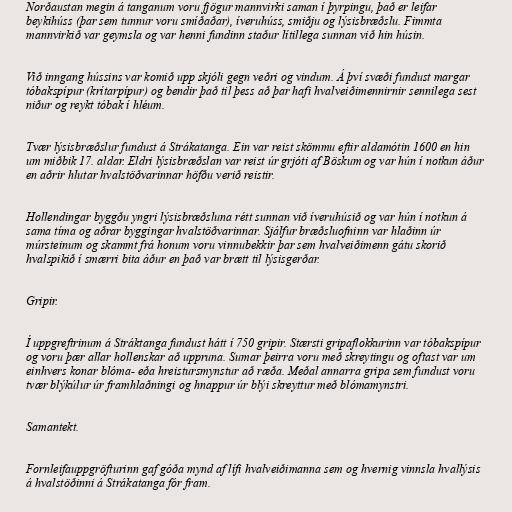
Norðaustan megin á tanganum voru fjögur mannvirki saman í þyrpingu, það er leifar
beykihúss (þar sem tunnur voru smíðaðar), íveruhúss, smiðju og lýsisbræðslu. Fimmta
mannvirkið var geymsla og var henni fundinn staður lítillega sunnan við hin húsin.

Við inngang hússins var komið upp skjóli gegn veðri og vindum. Á því svæði fundust margar
tóbakspípur (krítarpípur) og bendir það til þess að þar hafi hvalveiðimennirnir sennilega sest
niður og reykt tóbak í hléum.

Tvær lýsisbræðslur fundust á Strákatanga. Ein var reist skömmu eftir aldamótin 1600 en hin
um miðbik 17. aldar. Eldri lýsisbræðslan var reist úr grjóti af Böskum og var hún í notkun áður
en aðrir hlutar hvalstöðvarinnar höfðu verið reistir.

Hollendingar byggðu yngri lýsisbræðsluna rétt sunnan við íveruhúsið og var hún í notkun á
sama tíma og aðrar byggingar hvalstöðvarinnar. Sjálfur bræðsluofninn var hlaðinn úr
múrsteinum og skammt frá honum voru vinnubekkir þar sem hvalveiðimenn gátu skorið
hvalspikið í smærri bita áður en það var brætt til lýsisgerðar.

Gripir.

Í uppgreftrinum á Stráktanga fundust hátt í 750 gripir. Stærsti gripaflokkurinn var tóbakspípur
og voru þær allar hollenskar að uppruna. Sumar þeirra voru með skreytingu og oftast var um
einhvers konar blóma- eða hreistursmynstur að ræða. Meðal annarra gripa sem fundust voru
tvær blýkúlur úr framhlaðningi og hnappur úr blýi skreyttur með blómamynstri.

Samantekt.

Fornleifauppgröfturinn gaf góða mynd af lífi hvalveiðimanna sem og hvernig vinnsla hvallýsis
á hvalstöðinni á Strákatanga fór fram.